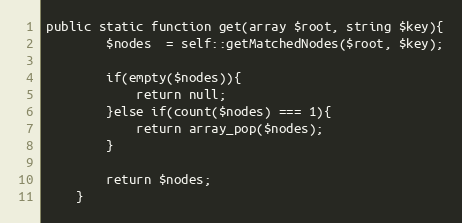
Language: PHP
public static function get(array $root, string $key){
        $nodes  = self::getMatchedNodes($root, $key);

        if(empty($nodes)){
            return null;
        }else if(count($nodes) === 1){
            return array_pop($nodes);
        }

        return $nodes;
    }